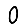
Digit: 0